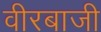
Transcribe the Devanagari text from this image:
वीरबाजी